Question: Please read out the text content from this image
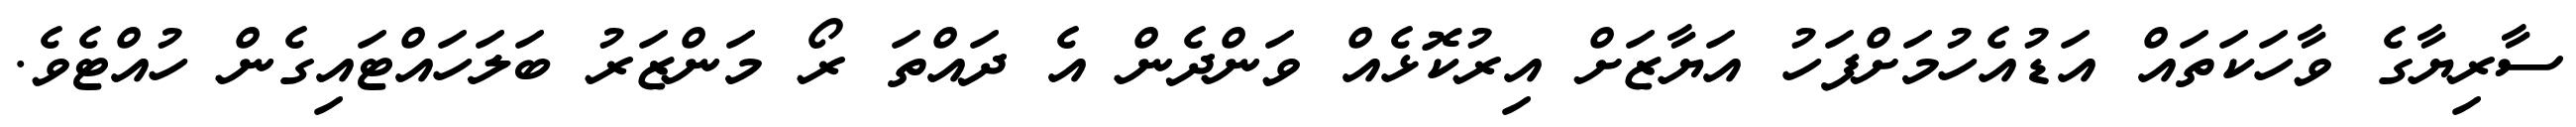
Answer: ސާރިޔާގެ ވާހަކަތައް އަޑުއެހުމަށްފަހު އަޔާޒަށް އިރުކޮޅެއް ވަންދެން އެ ދައްތަ ރޯ މަންޒަރު ބަލަހައްޓައިގެން ހުއްޓެވެ.